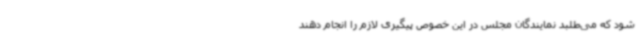
شود که می‌طلبد نمایندگان مجلس در این خصوص پیگیری لازم را انجام دهند